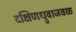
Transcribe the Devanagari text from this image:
दक्षिणध्रुवाजवळ